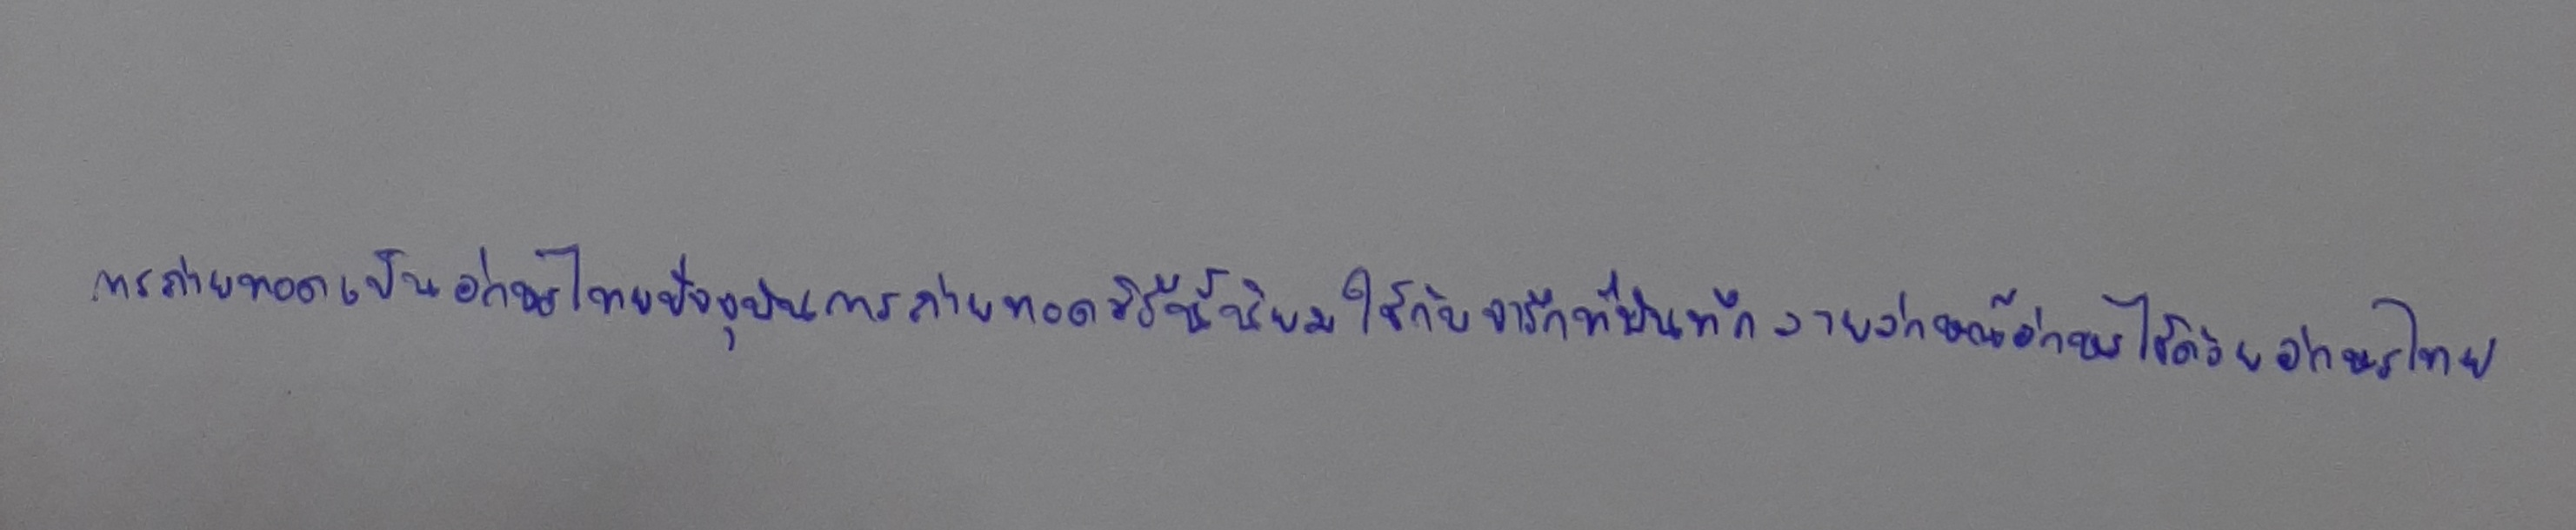
การถ่ายถอดเป็นอักษรไทยปัจจุบันการถ่ายทอดวิธีนี้นิยมใช้กับจารึกที่บันทึกลายลักษณ์อักษรไว้ด้วยอักษรไทย